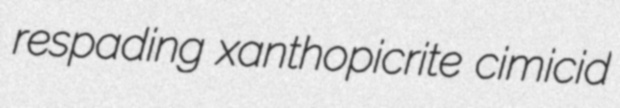
respading xanthopicrite cimicid